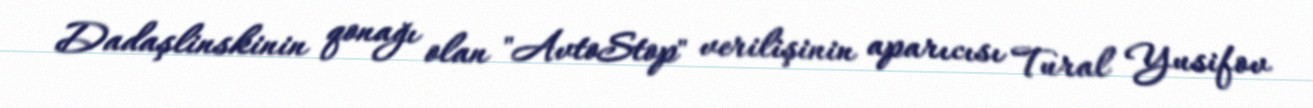
Dadaşlinskinin qonağı olan "AvtoStop" verilişinin aparıcısı Tural Yusifov